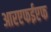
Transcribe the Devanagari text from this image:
आरएफईएफ